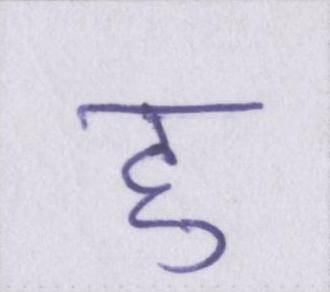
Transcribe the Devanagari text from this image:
हु